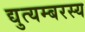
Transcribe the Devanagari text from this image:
द्युत्यम्बरस्य